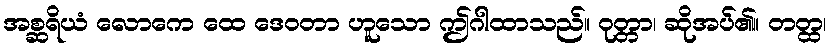
အစ္ဆရိယံ လောကေ ထေ ဒေဝတာ ဟူသော ဤဂါထာသည်။ ဝုတ္တာ၊ ဆိုအပ်၏။ တတ္ထ၊